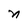
Character: n